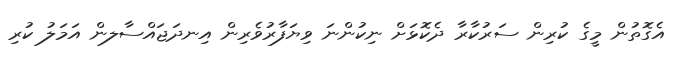
އެގޮތުން މީގެ ކުރިން ސަރުކާރާ ދެކޮޅަށް ނިކުންނަ ވިޔަފާރުވެރިން އިނދަޖައްސާލން އަމަލު ކުރި